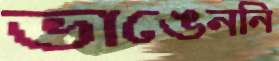
ভাঙেননি